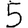
Digit: 5